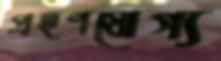
প্রহণযোগ্য